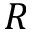
R